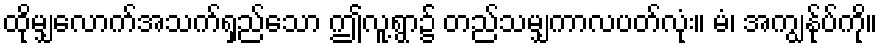
ထိုမျှလောက်အသက်ရှည်သော ဤလူ့ရွာ၌ တည်သမျှကာလပတ်လုံး။ မံ၊ အကျွန်ုပ်ကို။